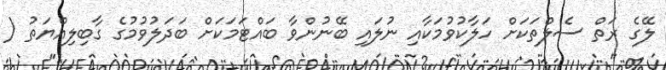
ލޭގެ ރަތް ސެލްތަކަށް ހަލާކުވުމަކާއި ނުލައި ބޭނުންވާ ބައްޓަމަކަށް ބަދަލުވުމުގެ ގާބިލިއްޔަތު (